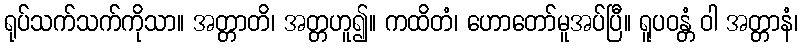
ရုပ်သက်သက်ကိုသာ။ အတ္တာတိ၊ အတ္တဟူ၍။ ကထိတံ၊ ဟောတော်မူအပ်ပြီ။ ရူပဝန္တံ ဝါ အတ္တာနံ၊